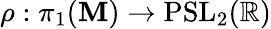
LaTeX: \rho:\pi_{1}(\mathbf{M})\to\mathrm{{PSL}}_{2}(\mathbb{{R}})